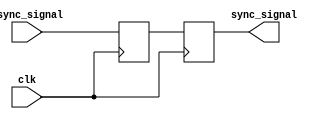
module synchronizer (
    input wire async_signal,
    input wire clk,
    output reg sync_signal
);

reg first_stage;
reg second_stage;

always @(posedge clk) begin
    first_stage <= async_signal;
end

always @(posedge clk) begin
    second_stage <= first_stage;
end

assign sync_signal = second_stage;

endmodule